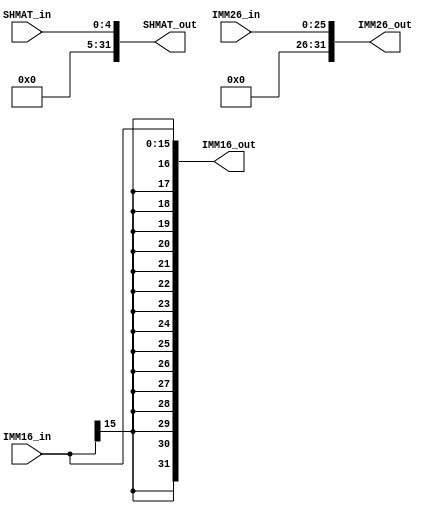
module bit_extend(IMM16_in, IMM26_in, SHMAT_in, IMM16_out, IMM26_out, SHMAT_out);
    input[15:0] IMM16_in;
    input[25:0] IMM26_in;
    input[4:0] SHMAT_in;                                  // 
    output[31:0] IMM16_out;
    output[31:0] IMM26_out;
    output[31:0] SHMAT_out;                             // 
	assign IMM26_out = {6'b0, IMM26_in};
	assign IMM16_out = {{16{IMM16_in[15]}}, IMM16_in};
	assign SHMAT_out = {27'b0, SHMAT_in};
	                                                 // 
endmodule